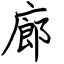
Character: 廊